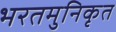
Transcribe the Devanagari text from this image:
भरतमुनिकृत